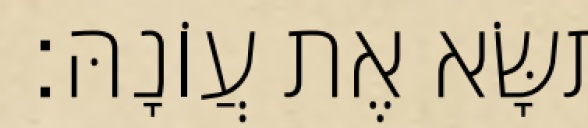
תִּשָּׂא אֶת עֲוֹנָהּ׃